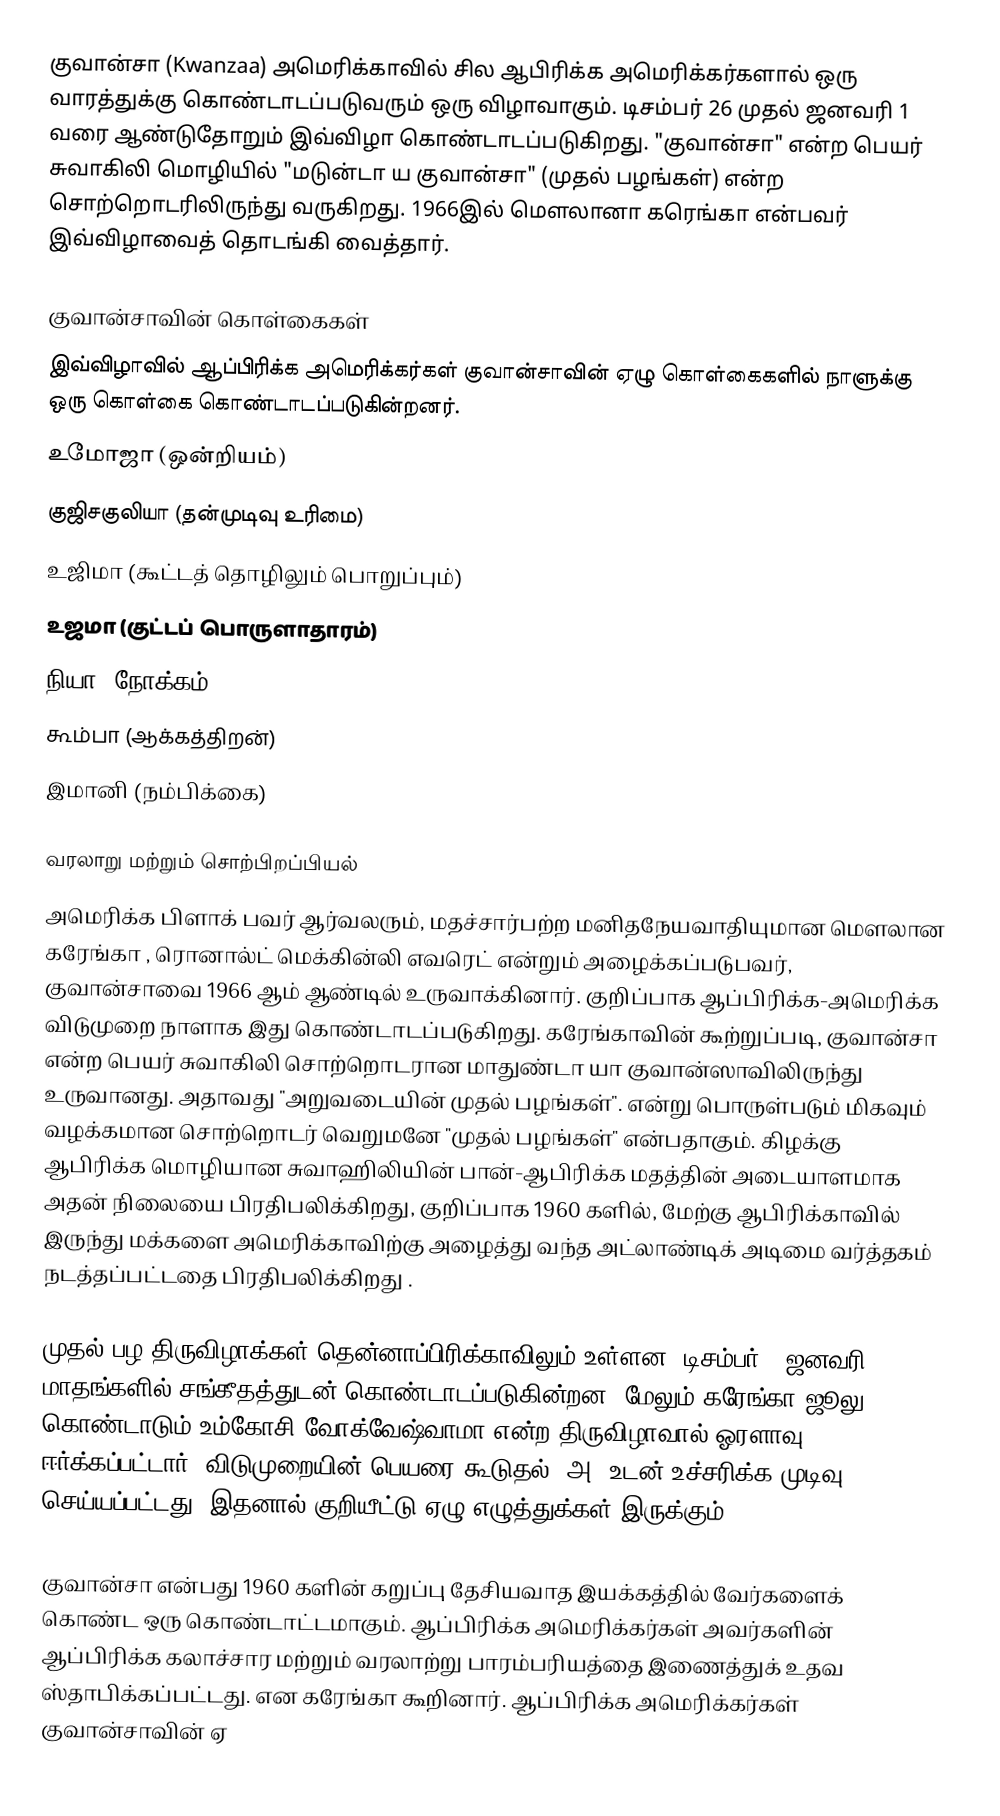
குவான்சா (Kwanzaa) அமெரிக்காவில் சில ஆபிரிக்க அமெரிக்கர்களால் ஒரு வாரத்துக்கு கொண்டாடப்படுவரும் ஒரு விழாவாகும். டிசம்பர் 26 முதல் ஜனவரி 1 வரை ஆண்டுதோறும் இவ்விழா கொண்டாடப்படுகிறது. "குவான்சா" என்ற பெயர் சுவாகிலி மொழியில் "மடுன்டா ய குவான்சா" (முதல் பழங்கள்) என்ற சொற்றொடரிலிருந்து வருகிறது. 1966இல் மௌலானா கரெங்கா என்பவர் இவ்விழாவைத் தொடங்கி வைத்தார்.

குவான்சாவின் கொள்கைகள்
இவ்விழாவில் ஆப்பிரிக்க அமெரிக்கர்கள் குவான்சாவின் ஏழு கொள்கைகளில் நாளுக்கு ஒரு கொள்கை கொண்டாடப்படுகின்றனர்.
உமோஜா (ஒன்றியம்)
குஜிசகுலியா (தன்முடிவு உரிமை)
உஜிமா (கூட்டத் தொழிலும் பொறுப்பும்)
உஜமா (குட்டப் பொருளாதாரம்)
நியா (நோக்கம்)
கூம்பா (ஆக்கத்திறன்)
இமானி (நம்பிக்கை)

வரலாறு மற்றும் சொற்பிறப்பியல்
அமெரிக்க பிளாக் பவர் ஆர்வலரும், மதச்சார்பற்ற மனிதநேயவாதியுமான  மௌலான கரேங்கா , ரொனால்ட் மெக்கின்லி எவரெட் என்றும் அழைக்கப்படுபவர், குவான்சாவை 1966 ஆம் ஆண்டில் உருவாக்கினார். குறிப்பாக ஆப்பிரிக்க-அமெரிக்க விடுமுறை நாளாக இது கொண்டாடப்படுகிறது.   கரேங்காவின் கூற்றுப்படி, குவான்சா என்ற பெயர் சுவாகிலி சொற்றொடரான மாதுண்டா யா குவான்ஸாவிலிருந்து உருவானது. அதாவது "அறுவடையின் முதல் பழங்கள்". என்று பொருள்படும்  மிகவும் வழக்கமான சொற்றொடர் வெறுமனே "முதல் பழங்கள்" என்பதாகும். கிழக்கு ஆபிரிக்க மொழியான சுவாஹிலியின்  பான்-ஆபிரிக்க மதத்தின் அடையாளமாக அதன் நிலையை பிரதிபலிக்கிறது, குறிப்பாக 1960 களில், மேற்கு ஆபிரிக்காவில் இருந்து  மக்களை அமெரிக்காவிற்கு அழைத்து வந்த அட்லாண்டிக் அடிமை வர்த்தகம் நடத்தப்பட்டதை  பிரதிபலிக்கிறது .

முதல் பழ திருவிழாக்கள் தென்னாப்பிரிக்காவிலும் உள்ளன, டிசம்பர் / ஜனவரி மாதங்களில் சங்கீதத்துடன் கொண்டாடப்படுகின்றன, மேலும் கரேங்கா ஜூலு கொண்டாடும்  உம்கோசி வோக்வேஷ்வாமா  என்ற திருவிழாவால் ஓரளாவு  ஈர்க்கப்பட்டார்.  விடுமுறையின் பெயரை கூடுதல் "அ" உடன் உச்சரிக்க முடிவு செய்யப்பட்டது, இதனால் குறியீட்டு ஏழு எழுத்துக்கள் இருக்கும்.

குவான்சா என்பது 1960 களின் கறுப்பு தேசியவாத இயக்கத்தில் வேர்களைக் கொண்ட ஒரு கொண்டாட்டமாகும். ஆப்பிரிக்க அமெரிக்கர்கள் அவர்களின் ஆப்பிரிக்க கலாச்சார மற்றும் வரலாற்று பாரம்பரியத்தை இணைத்துக் உதவ  ஸ்தாபிக்கப்பட்டது. என கரேங்கா கூறினார். ஆப்பிரிக்க அமெரிக்கர்கள் குவான்சாவின் ஏ